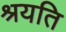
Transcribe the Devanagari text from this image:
श्रयति